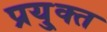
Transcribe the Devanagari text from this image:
प्रयु्क्त